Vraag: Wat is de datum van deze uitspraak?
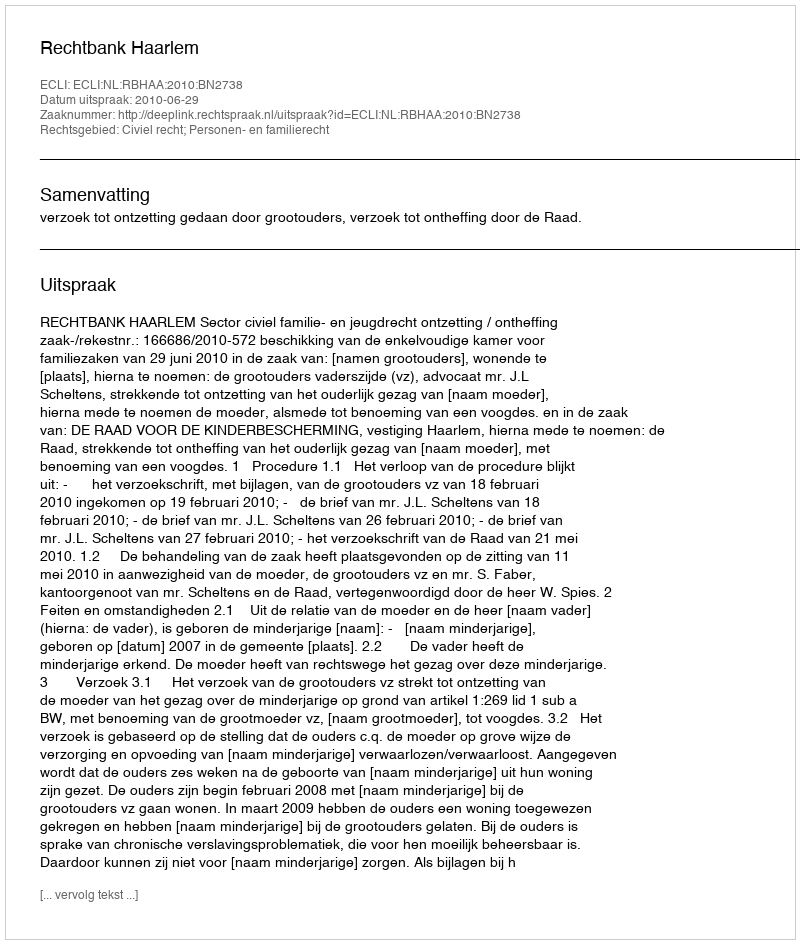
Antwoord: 2010-06-29